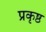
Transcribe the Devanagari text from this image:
प्रकृष्ठ